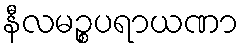
နီလမဉ္စပရာယဏာ